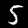
Digit: 5